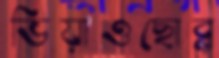
ভিয়াওছোব্‌ল